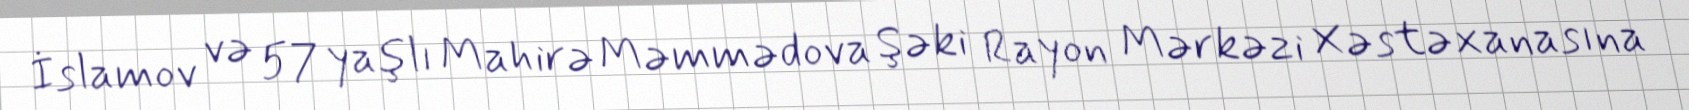
İslamov və 57 yaşlı Mahirə Məmmədova Şəki Rayon Mərkəzi Xəstəxanasına